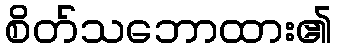
စိတ်သဘောထား၏